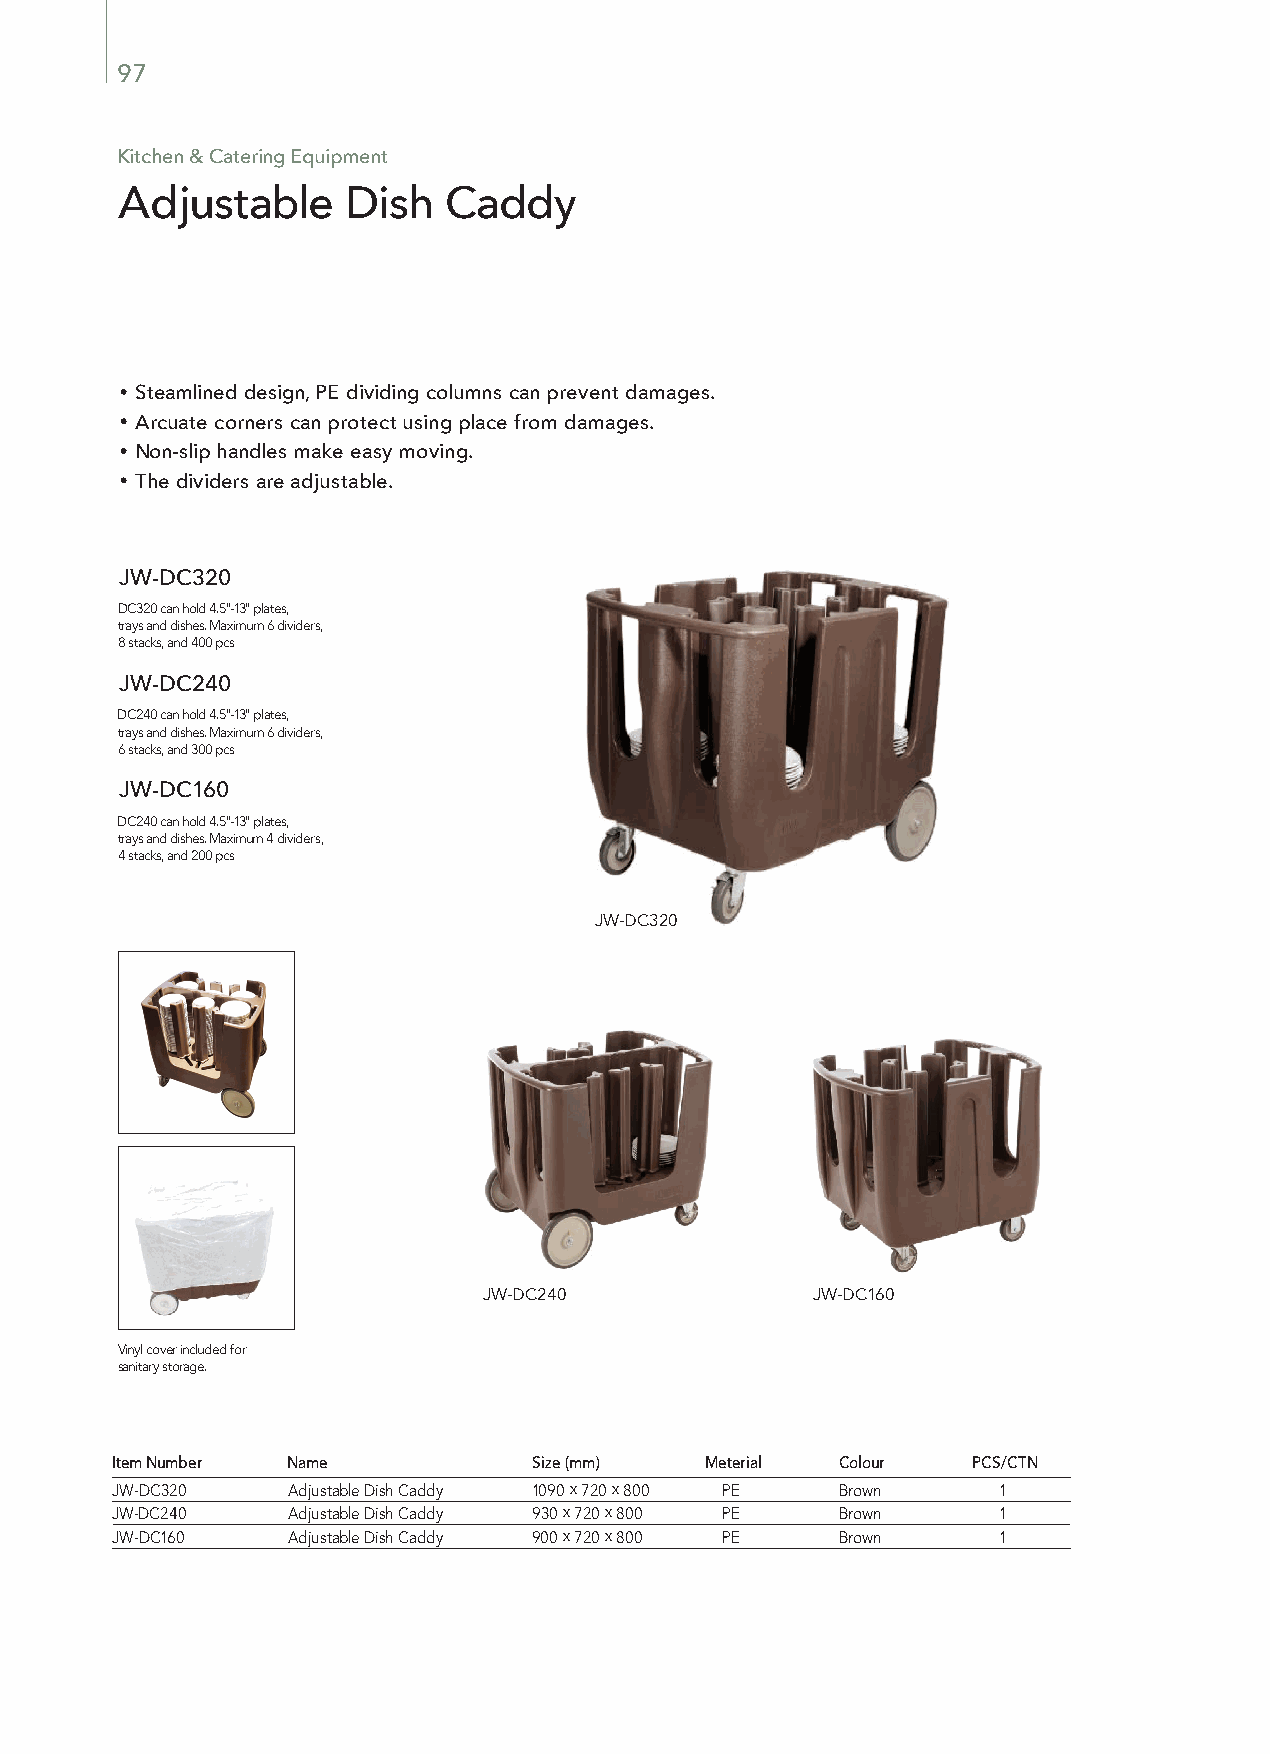
97
 Kitchen & Catering Equipment
 Adjustable     Dish  Caddy
 Steamlined design, PE dividing columns can prevent damages.
 Arcuate corners can protect using place from damages.
 Non-slip handles make easy moving.
 The dividers are adjustable.
 JW-DC320
 DC320 can hold 4.5"-13" plates,
 trays and dishes. Maximum 6 dividers,
 8 stacks, and 400 pcs
 JW-DC240
 DC240 can hold 4.5"-13" plates,
 trays and dishes. Maximum 6 dividers,
 6 stacks, and 300 pcs
 JW-DC160
 DC240 can hold 4.5"-13" plates,
 trays and dishes. Maximum 4 dividers,
 4 stacks, and 200 pcs
 JW-DC320
 JW-DC240              JW-DC160
 Vinyl cover included for
 sanitary storage.
 Item Number Name            Size (mm)   Meterial Colour  PCS/CTN
 JW-DC320    Adjustable Dish Caddy 1090 x 720 x 800 PE Brown 1
 JW-DC240    Adjustable Dish Caddy 930 x 720 x 800 PE Brown 1
 JW-DC160    Adjustable Dish Caddy 900 x 720 x 800 PE Brown 1